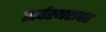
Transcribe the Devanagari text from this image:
सर्वस्थरावर